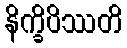
နိက္ခိပိဿတိ